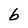
Character: b